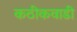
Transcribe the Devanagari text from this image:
कठीकवाडी